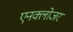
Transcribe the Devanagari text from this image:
एनक्लोजर